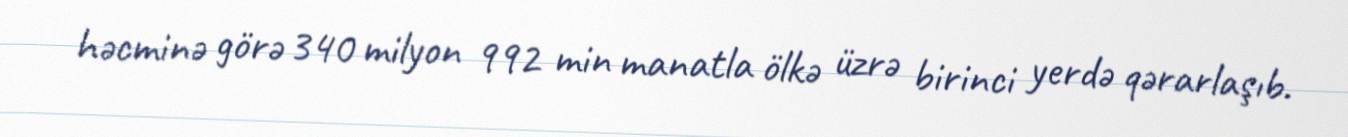
həcminə görə 340 milyon 992 min manatla ölkə üzrə birinci yerdə qərarlaşıb.